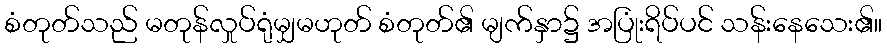
စံတုတ်သည် မတုန်လှုပ်ရုံမျှမဟုတ် စံတုတ်၏ မျက်နှာ၌ အပြုံးရိပ်ပင် သန်းနေသေး၏။